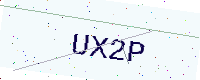
Text: UX2P